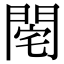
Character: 𨴥